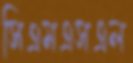
সিএমএসএল